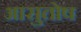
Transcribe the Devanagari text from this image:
आसुतोष